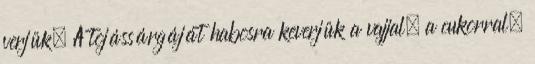
verjük. A tojássárgáját habosra keverjük a vajjal, a cukorral,